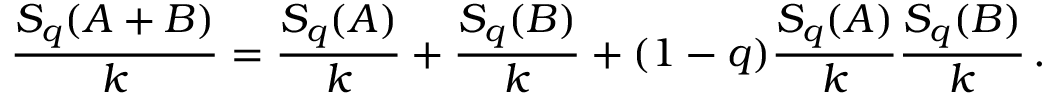
\frac { S _ { q } ( A + B ) } { k } = \frac { S _ { q } ( A ) } { k } + \frac { S _ { q } ( B ) } { k } + ( 1 - q ) \frac { S _ { q } ( A ) } { k } \frac { S _ { q } ( B ) } { k } \, .